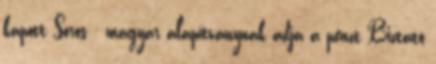
kapott Soros - magyar alapítványnak adja a pénzt Biztató